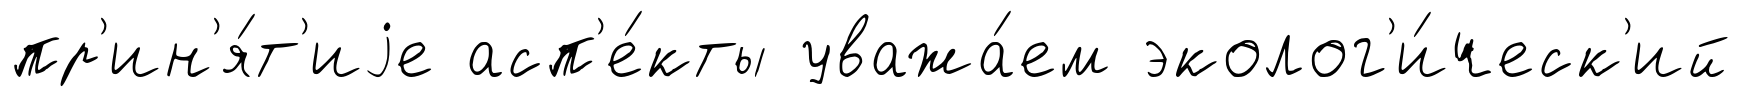
пр'ин'я́т'иjе асп'е́кты уважа́ем эколог'и́ческ'ий